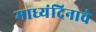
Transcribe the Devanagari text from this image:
माध्यंदिनाचे